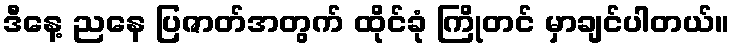
ဒီနေ့ ညနေ ပြဇာတ်အတွက် ထိုင်ခုံ ကြိုတင် မှာချင်ပါတယ်။